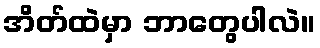
အိတ်ထဲမှာ ဘာတွေပါလဲ။